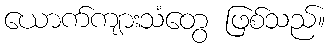
ယောက်ကျားသံတွေ ဖြစ်သည်။